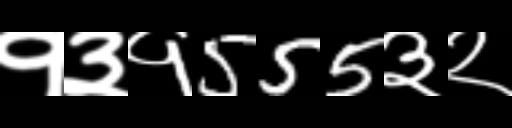
Text: १३१555३२